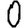
Digit: 0